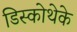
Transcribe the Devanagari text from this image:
डिस्कोथेके